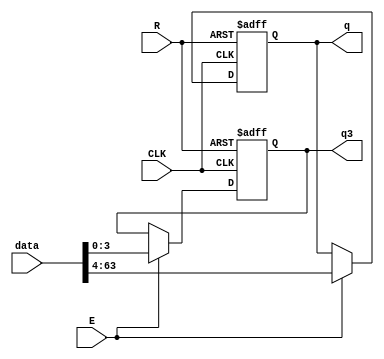
module REG_USER (
    input wire CLK,       // Sinal de clock
    input wire R,         // Sinal de reset
    input wire E,         // Sinal de habilitao
    input wire [63:0] data,  // Entrada de dados de 64 bits
    output reg [63:4] q,  // Sada que guarda a sequncia completa de 64 bits
    output reg [3:0] q3   // Sada que guarda os 4 bits menos significativos da sequncia
);

    always @(posedge CLK or posedge R) begin
        if (R) begin
            // Reinicia o registrador para zero quando R est ativo
            q <= 60'b0;
            q3 <= 4'b0;
        end else if (E) begin
            // Atualiza q com os dados de entrada quando E est ativo
            q <= data[63:4];
            q3 <= data[3:0];
        end
        // Caso contrrio, mantm os valores atuais de q e q3
    end

endmodule